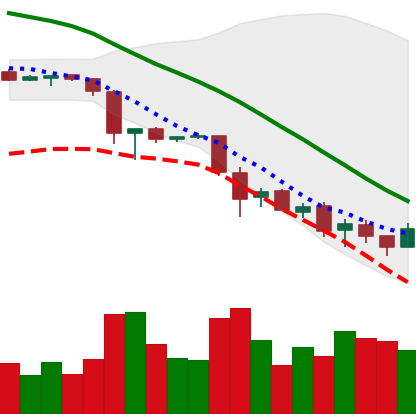
Ticker: EOS-USD
Chart end date: 2018-11-28
Forward return: -20.912%
Label: down_7plus